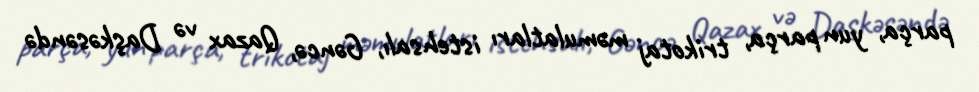
parça, yun parça, trikotaj məmulatları istehsalı, Gəncə, Qazax və Daşkəsəndə